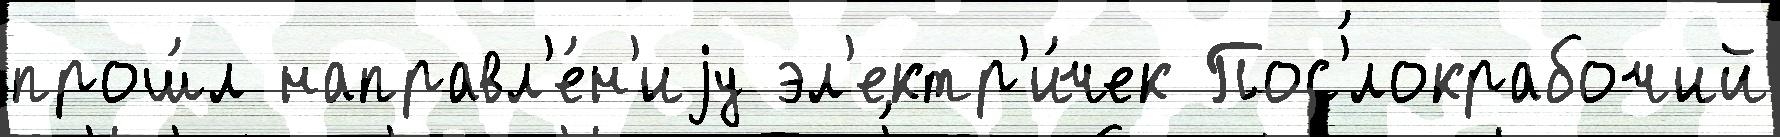
прош́л направл'е́н'иjу эл'ектр'и́чек Пос'́локрабочий